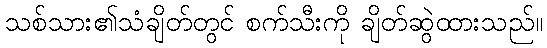
သစ်သား၏သံချိတ်တွင် စက်သီးကို ချိတ်ဆွဲထားသည်။